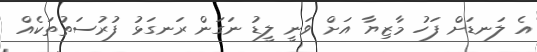
އެ ލަނޑަށް ފަހު މާޒިޔާ އަށް ވަނީ ލީޑު ނަގަން ރަނގަޅު ފުރުސަތުތަކެއް